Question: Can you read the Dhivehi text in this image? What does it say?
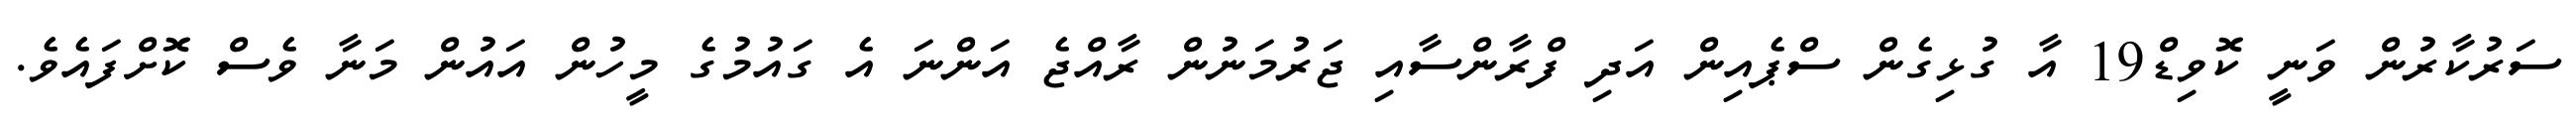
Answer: ސަރުކާރުން ވަނީ ކޮވިޑް19 އާ ގުޅިގެން ސްޕެއިން އަދި ފްރާންސާއި ޖަރުމަނުން ރާއްޖެ އަންނަ އެ ގައުމުގެ މީހުން އައުން މަނާ ވެސް ކޮށްފައެވެ.